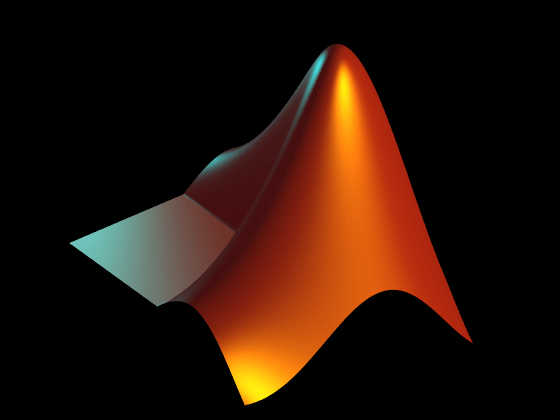
matlab, surface, light, axis